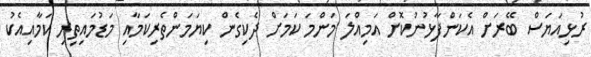
ރުޅިއަޔަސް ބޭރަށް އެކަންފާޅުނުކޮށް އަމިއްލަ މަންމަ ކަމަށް ދެކިގެން ކިޔަމަންތެރިކަމާއި މަޑުމައިތިރި ކަމާއިއެކު